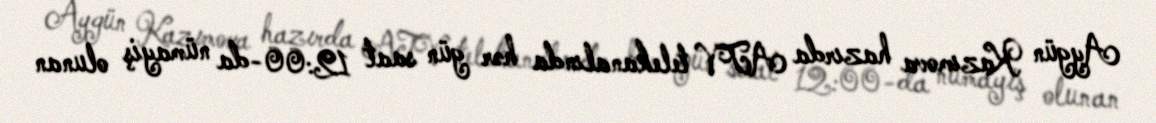
Aygün Kazımova hazırda ATV telekanalında hər gün saat 12:00-da nümayiş olunan